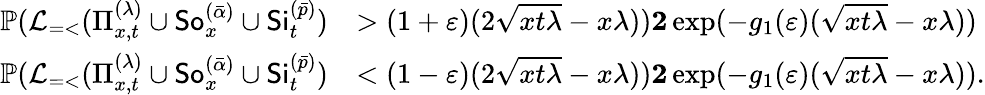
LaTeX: \begin{array}{rl}{\mathbb{P}(\mathcal{L}_{=<}(\Pi_{x,t}^{(\lambda)}\cup{\sf So}_{x}^{(\bar{\alpha})}\cup{\sf Si}_{t}^{(\bar{p})})}&{>(1+\varepsilon)(2\sqrt{xt\lambda}-x\lambda))\le 2\exp(-g_{1}(\varepsilon)(\sqrt{xt\lambda}-x\lambda))}\\ {\mathbb{P}(\mathcal{L}_{=<}(\Pi_{x,t}^{(\lambda)}\cup{\sf So}_{x}^{(\bar{\alpha})}\cup{\sf Si}_{t}^{(\bar{p})})}&{<(1-\varepsilon)(2\sqrt{xt\lambda}-x\lambda))\le 2\exp(-g_{1}(\varepsilon)(\sqrt{xt\lambda}-x\lambda)).}\end{array}